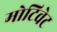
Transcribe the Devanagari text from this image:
मोटिवेट